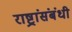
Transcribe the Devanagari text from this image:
राष्ट्रांसंबंधी